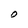
Character: O